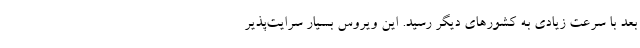
بعد با سرعت زیادی به کشورهای دیگر رسید. این ویروس بسیار سرایت‌پذیر